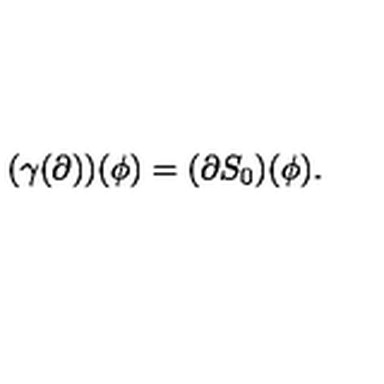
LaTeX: ( \gamma ( \partial ) ) ( \phi ) = ( \partial S _ { 0 } ) ( \phi ) .